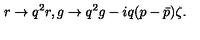
r \rightarrow q ^ { 2 } r , g \rightarrow q ^ { 2 } g - i q ( p - \bar { p } ) \zeta .